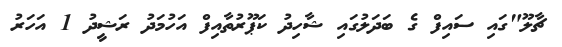
ޗާލޫ"ގައި ސައިފް ގެ ބަދަލުގައި ޝާހިދު ކަޕޫރުތާއިފް އަހުމަދު ރަޝީދު 1 އަހަރު